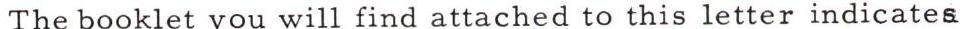
The booklet you will find attached to this letter indicates